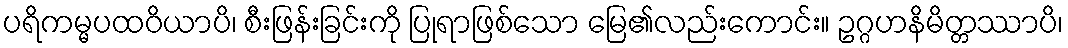
ပရိကမ္မပထဝိယာပိ၊ စီးဖြန်းခြင်းကို ပြုရာဖြစ်သော မြေ၏လည်းကောင်း။ ဥဂ္ဂဟနိမိတ္တဿာပိ၊